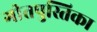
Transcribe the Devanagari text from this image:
गीतपुस्तिका